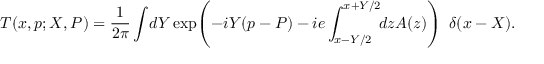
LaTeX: { \cal T } ( x , p ; X , P ) = \frac { 1 } { 2 \pi } \int \! d Y \exp \! \left( - i Y ( p - P ) - i e \int _ { x - Y / 2 } ^ { x + Y / 2 } \! \! d z A ( z ) \right) ~ \delta ( x - X ) .